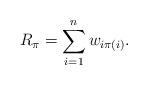
LaTeX: \begin{align*} R_\pi = \sum_{i=1}^{n}w_{i\pi(i)}.\end{align*}